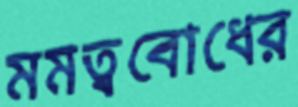
মমত্ববোধের